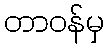
တာဝန်မှ